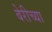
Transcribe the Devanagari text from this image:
बेरीच्या